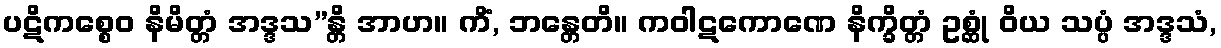
ပဋိကစ္စေဝ နိမိတ္တံ အဒ္ဒသ”န္တိ အာဟ။ ကိံ, ဘန္တေတိ။ ကဝါဋကောဏေ နိက္ခိတ္တံ ဥစ္ဆုံ ဝိယ သပ္ပံ အဒ္ဒသံ,